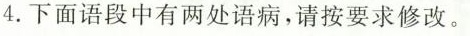
4.下面语段中有两处语病，请按要求修改。